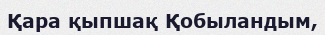
Қара қыпшақ Қобыландым,